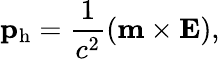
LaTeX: \mathbf p_{\mathrm{h}}=\frac{1}{c^{2}}(\mathbf m\times\mathbf E),